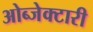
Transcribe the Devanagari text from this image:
ओब्जेक्टारी